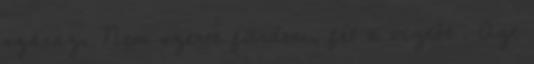
száraz. Nem szeret fürdeni, fél a víztől . Azt